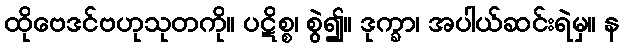
ထိုဗေဒင်ဗဟုသုတကို။ ပဋိစ္စ၊ စွဲ၍။ ဒုက္ခာ၊ အပါယ်ဆင်းရဲမှ။ န